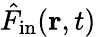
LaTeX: \hat{F}_{\mathrm{in}}({\mathbf r},t)